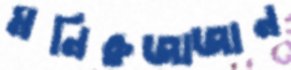
মনিরুজাজান